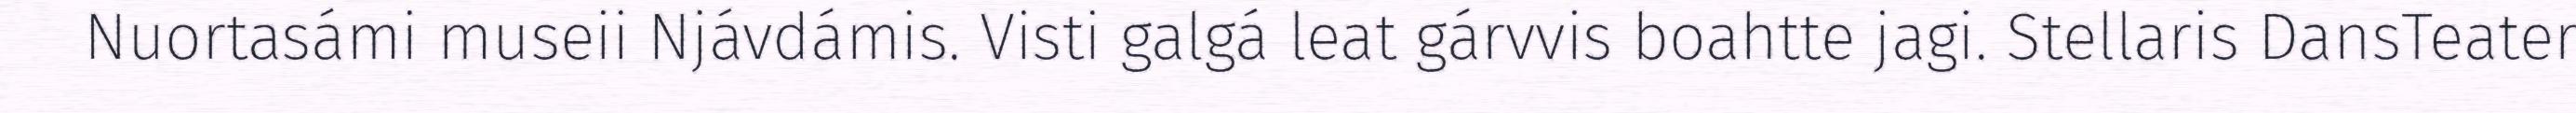
Nuortasámi museii Njávdámis. Visti galgá leat gárvvis boahtte jagi. Stellaris DansTeater